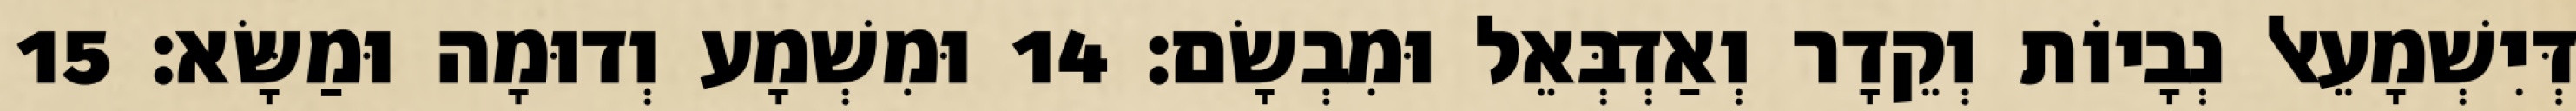
דְּיִשְׁמָעֵאל נְבָיוֹת וְקֵדָר וְאַדְבְּאֵל וּמִבְשָׂם׃ 14 וּמִשְׁמָע וְדוּמָה וּמַשָּׂא׃ 15